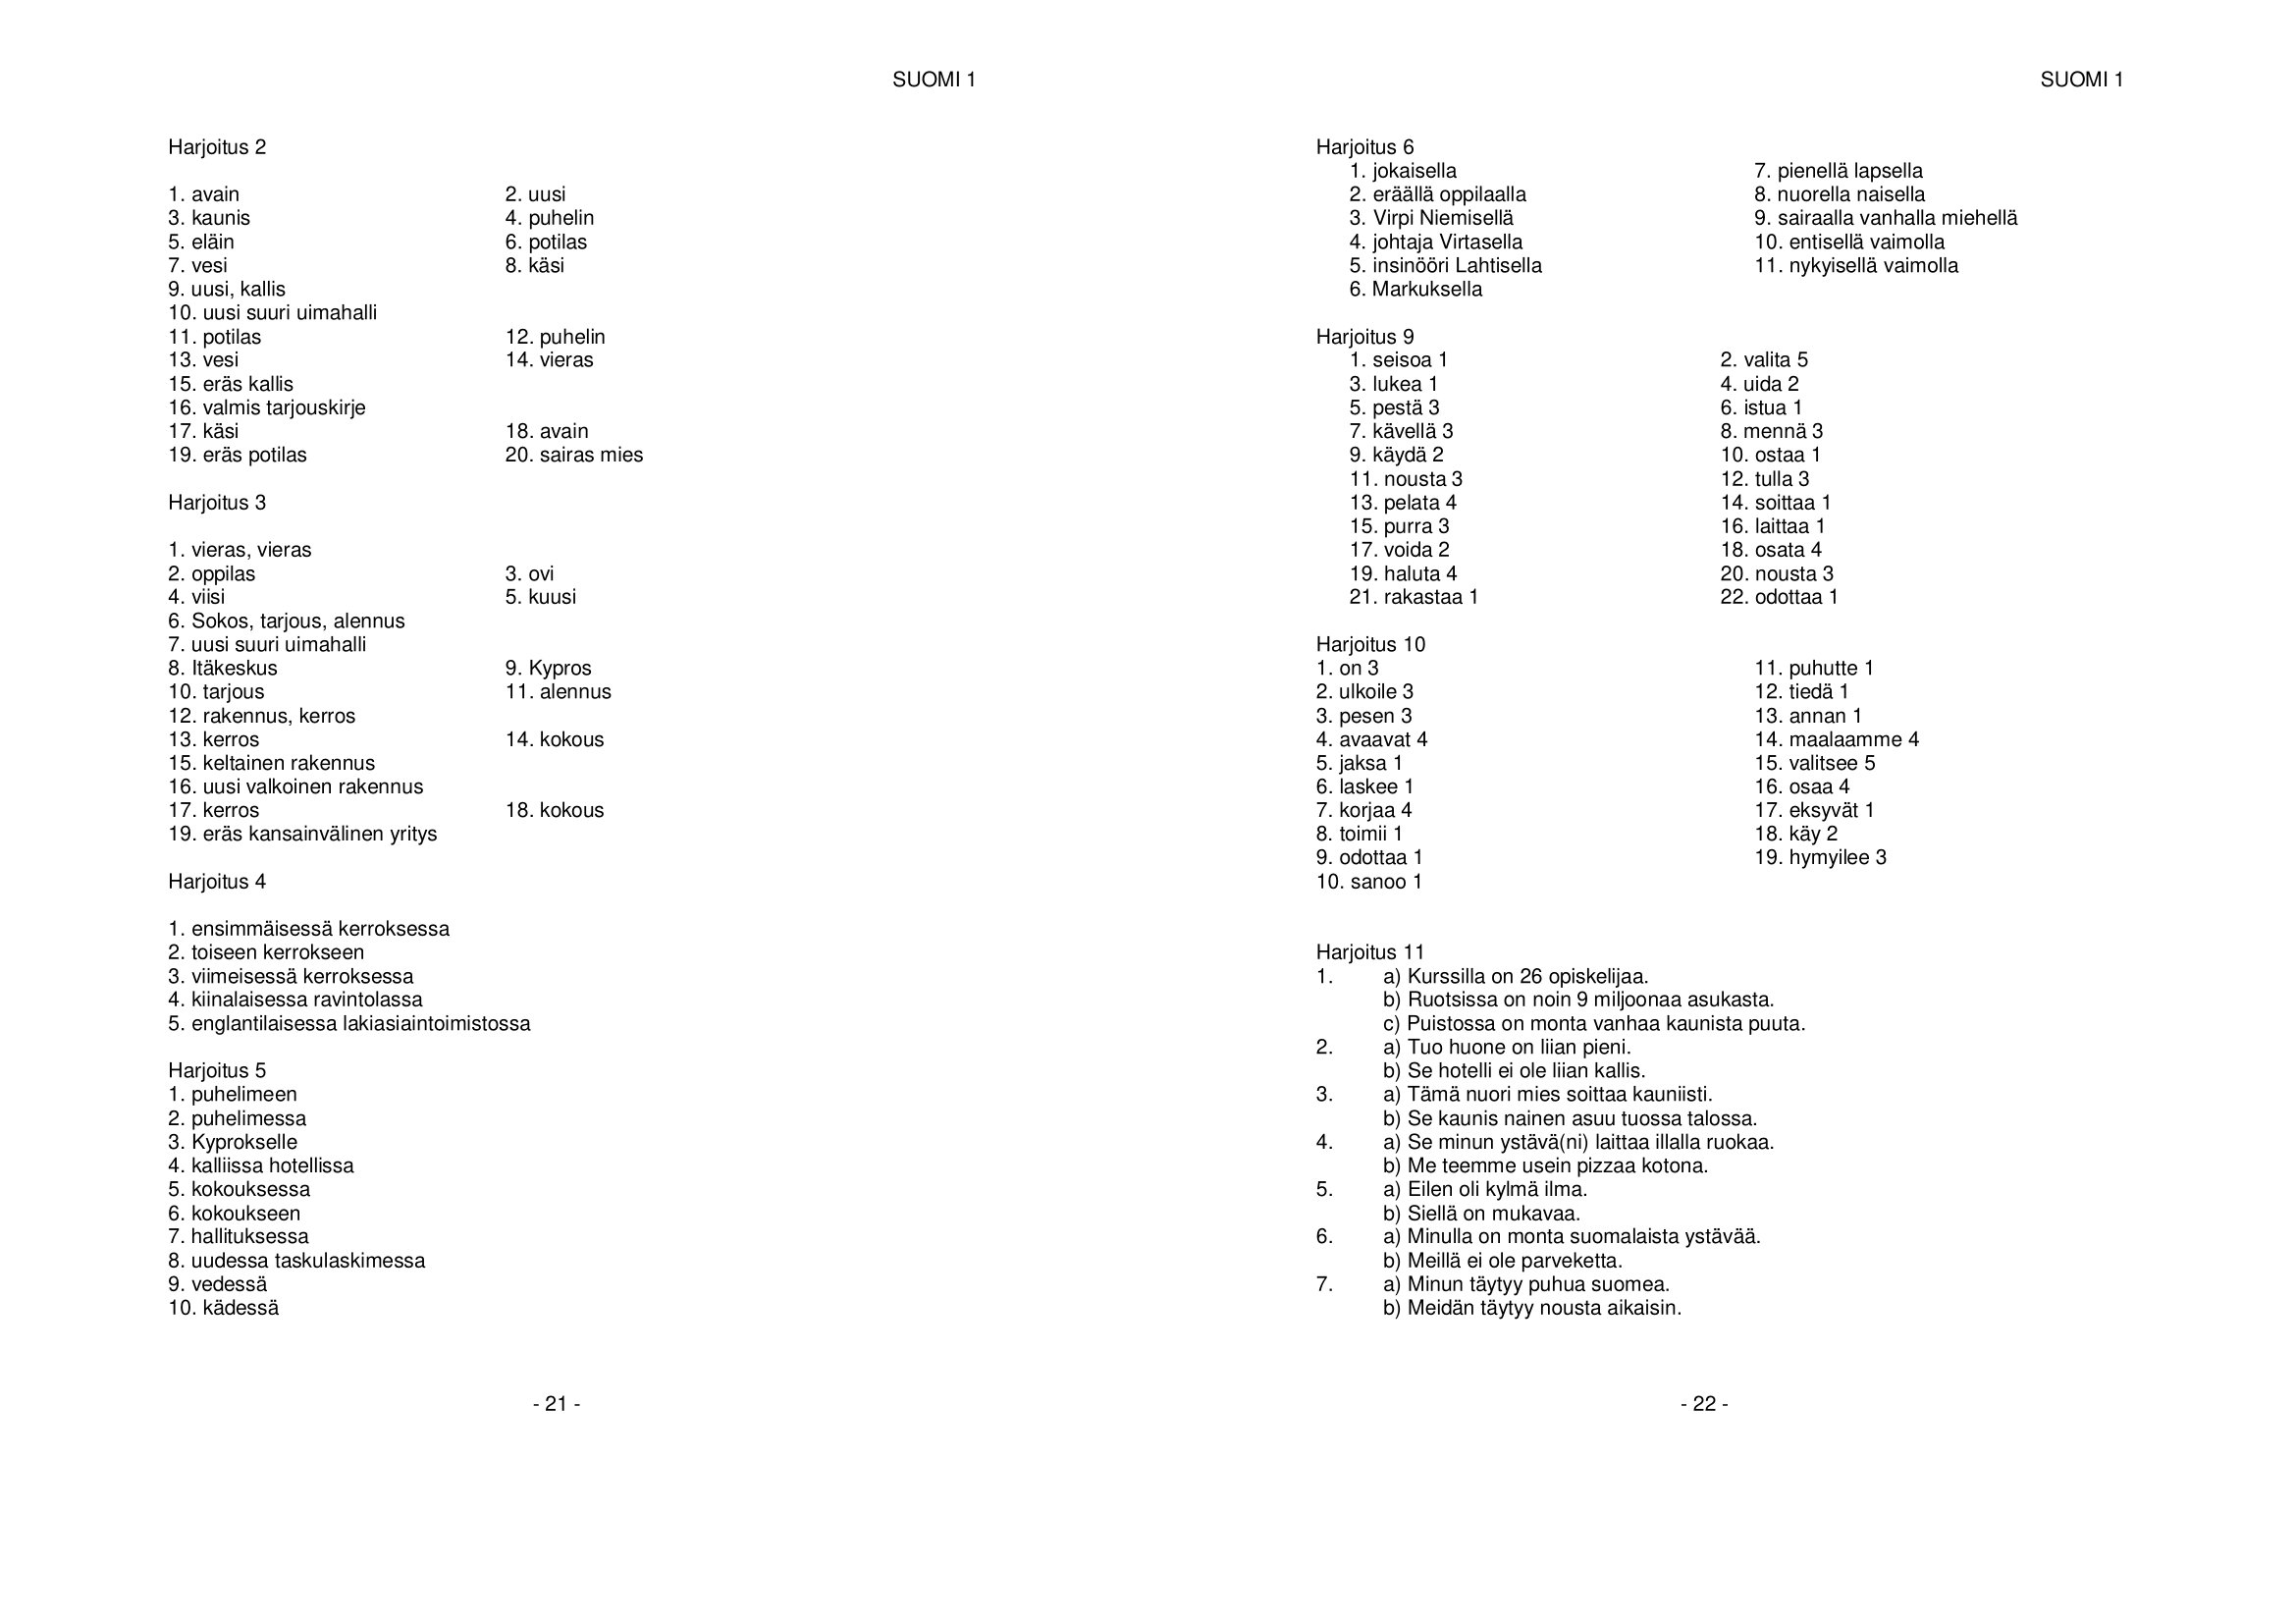
Language: fn